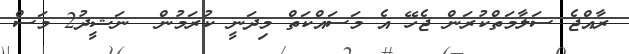
ރާއްޖެ ސަލާމަތްކުރަން ޖެހޭ އެ މަސައްކަތް މިދަނީ ކުރަމުން  ނަޝީދު2 މަސް